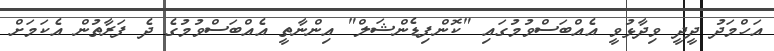
އަހްމަދު ދީދީ ވިދާޅުވީ އެއްބަސްވުމުގައި "ކޮންފިޑެންޝަލް" އިންނާތީ އެއްބަސްވުމުގެ ދެ ފަރާތުން އެކަމަށް